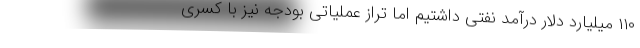
۱۱۰ میلیارد دلار درآمد نفتی داشتیم اما تراز عملیاتی بودجه نیز با کسری